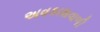
અવકાશવાળી